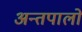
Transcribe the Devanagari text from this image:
अन्तपालों